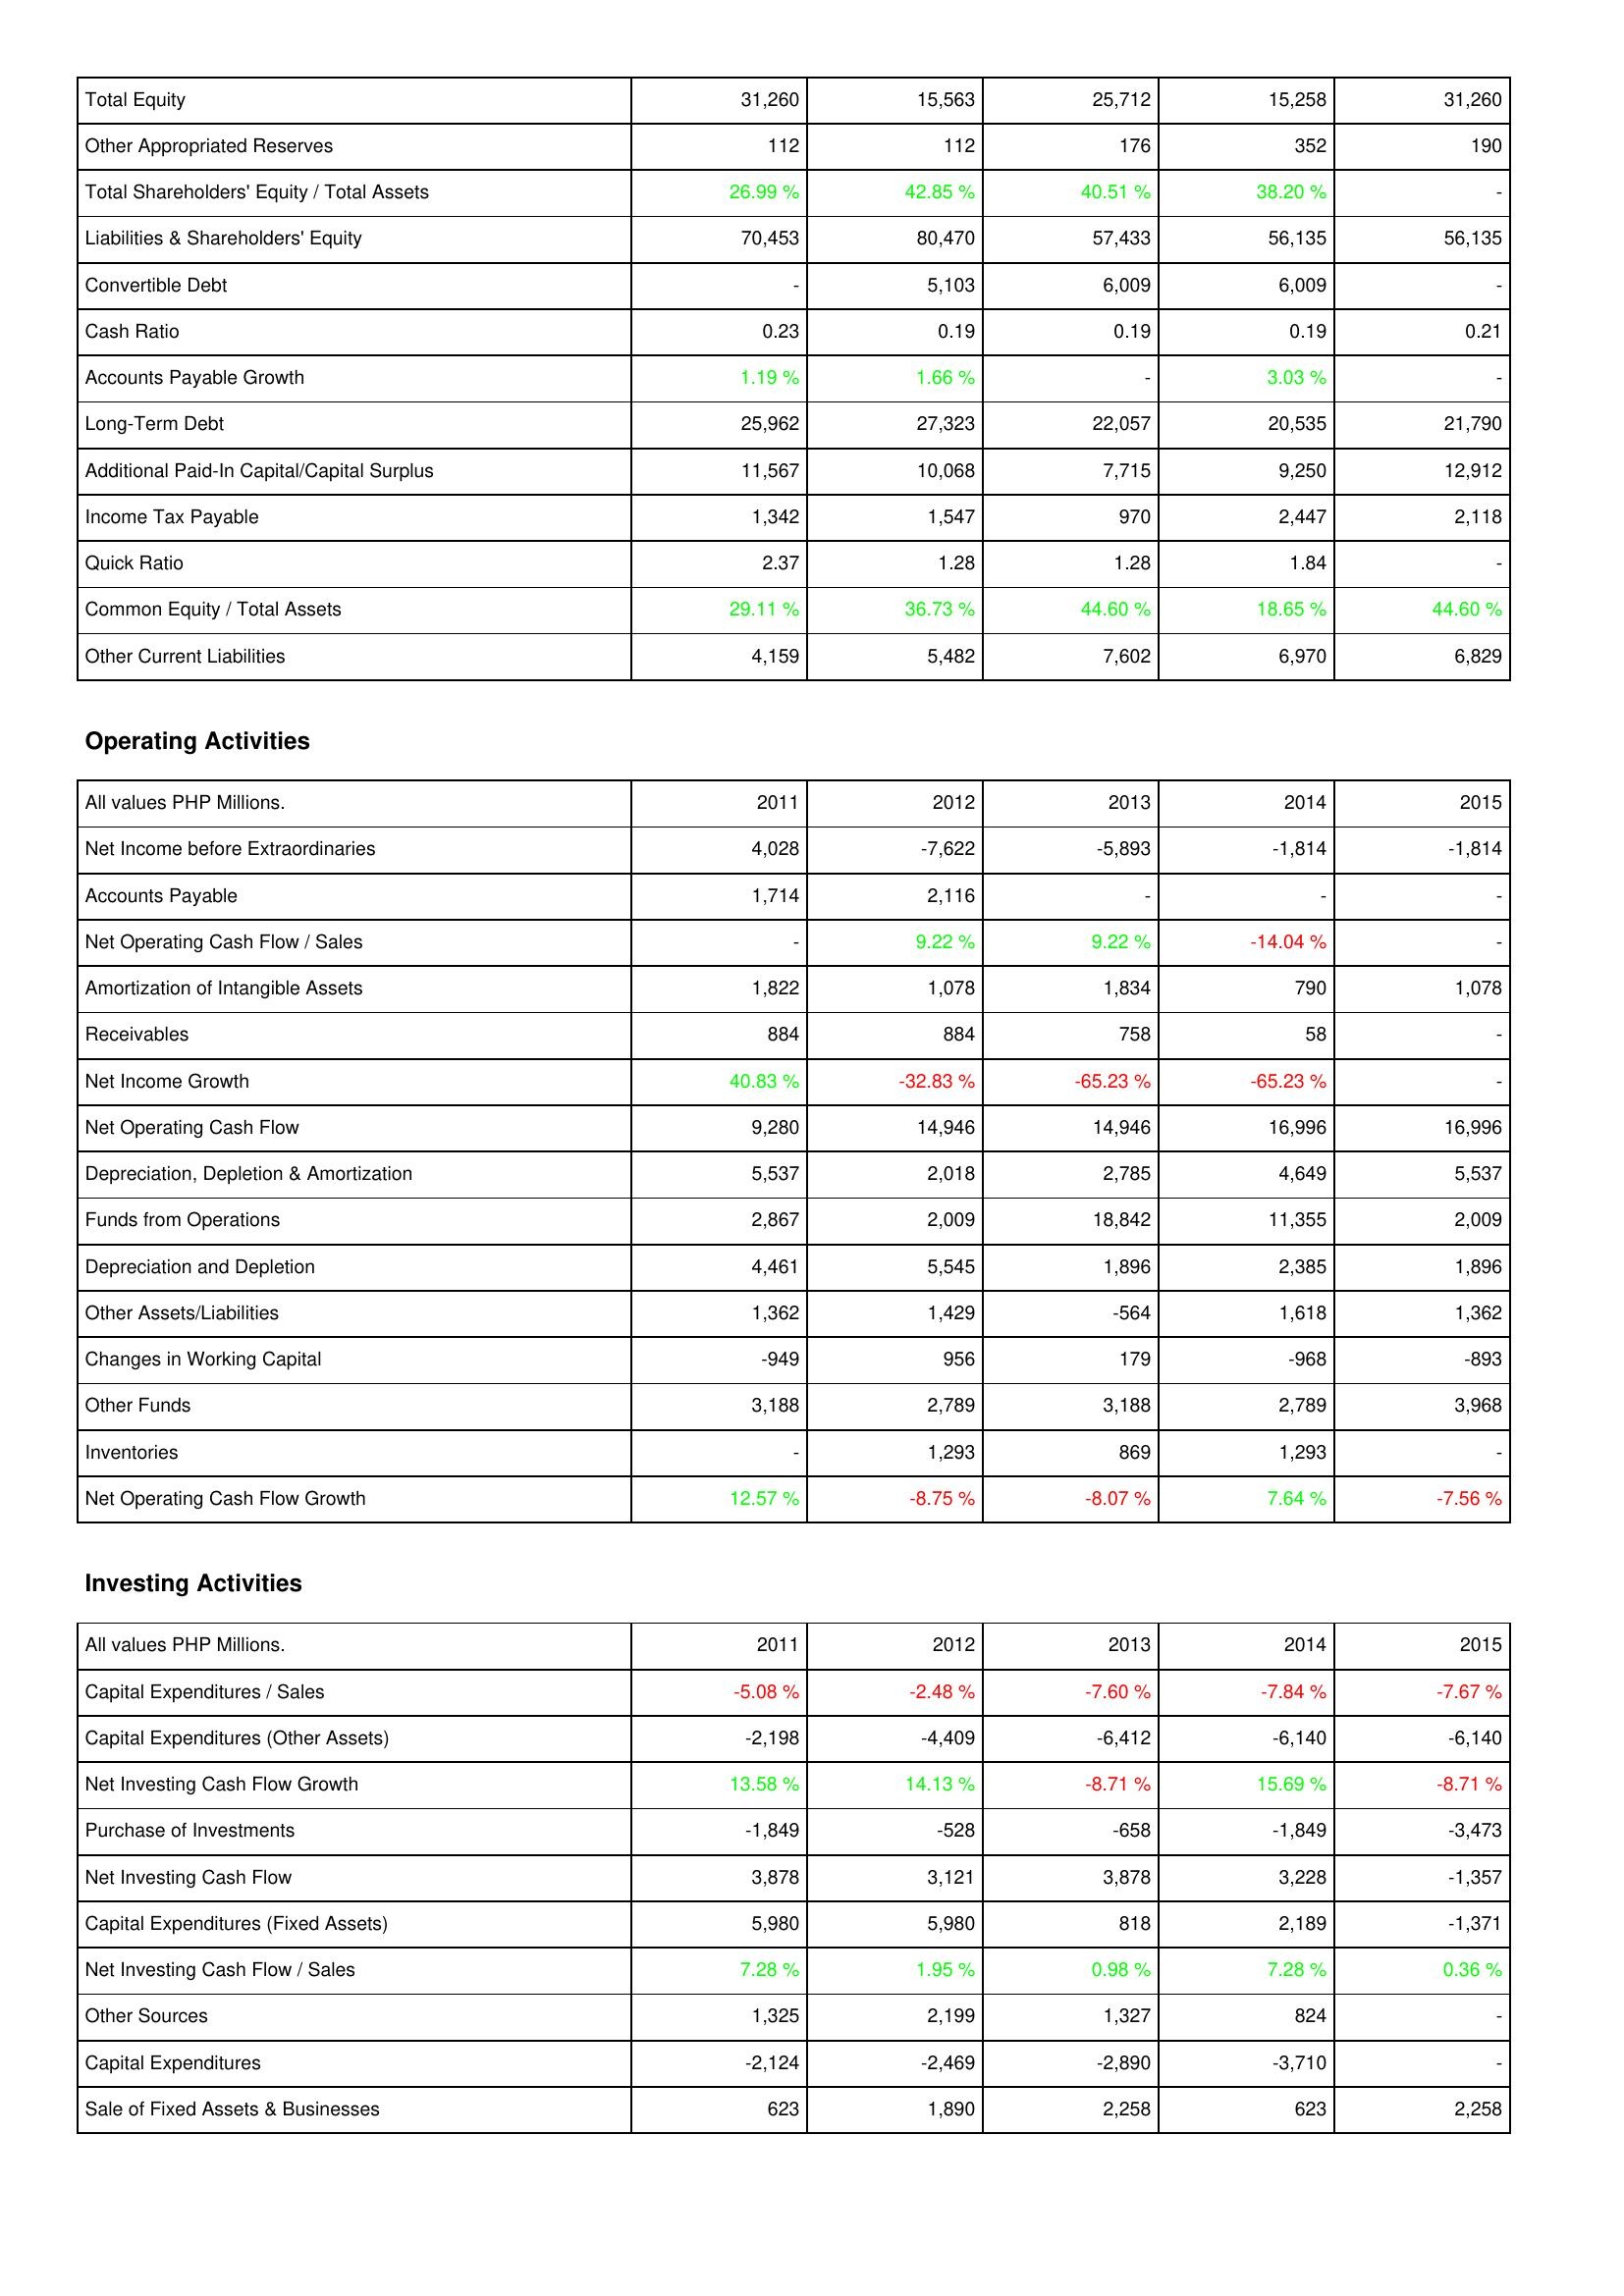
2011: Liabilities & Shareholders' Equity: Total Equity: 31,260
Other Appropriated Reserves: 112
Total Shareholders' Equity / Total Assets: 26.99 %
Liabilities & Shareholders' Equity: 70,453
Convertible Debt: -
Cash Ratio: 0.23
Accounts Payable Growth: 1.19 %
Long-Term Debt: 25,962
Additional Paid-In Capital/Capital Surplus: 11,567
Income Tax Payable: 1,342
Quick Ratio: 2.37
Common Equity / Total Assets: 29.11 %
Other Current Liabilities: 4,159
Operating Activities: Net Income before Extraordinaries: 4,028
Accounts Payable: 1,714
Net Operating Cash Flow / Sales: -
Amortization of Intangible Assets: 1,822
Receivables: 884
Net Income Growth: 40.83 %
Net Operating Cash Flow: 9,280
Depreciation, Depletion & Amortization: 5,537
Funds from Operations: 2,867
Depreciation and Depletion: 4,461
Other Assets/Liabilities: 1,362
Changes in Working Capital: -949
Other Funds: 3,188
Inventories: -
Net Operating Cash Flow Growth: 12.57 %
Investing Activities: Capital Expenditures / Sales: -5.08 %
Capital Expenditures (Other Assets): -2,198
Net Investing Cash Flow Growth: 13.58 %
Purchase of Investments: -1,849
Net Investing Cash Flow: 3,878
Capital Expenditures (Fixed Assets): 5,980
Net Investing Cash Flow / Sales: 7.28 %
Other Sources: 1,325
Capital Expenditures: -2,124
Sale of Fixed Assets & Businesses: 623
2012: Liabilities & Shareholders' Equity: Total Equity: 15,563
Other Appropriated Reserves: 112
Total Shareholders' Equity / Total Assets: 42.85 %
Liabilities & Shareholders' Equity: 80,470
Convertible Debt: 5,103
Cash Ratio: 0.19
Accounts Payable Growth: 1.66 %
Long-Term Debt: 27,323
Additional Paid-In Capital/Capital Surplus: 10,068
Income Tax Payable: 1,547
Quick Ratio: 1.28
Common Equity / Total Assets: 36.73 %
Other Current Liabilities: 5,482
Operating Activities: Net Income before Extraordinaries: -7,622
Accounts Payable: 2,116
Net Operating Cash Flow / Sales: 9.22 %
Amortization of Intangible Assets: 1,078
Receivables: 884
Net Income Growth: -32.83 %
Net Operating Cash Flow: 14,946
Depreciation, Depletion & Amortization: 2,018
Funds from Operations: 2,009
Depreciation and Depletion: 5,545
Other Assets/Liabilities: 1,429
Changes in Working Capital: 956
Other Funds: 2,789
Inventories: 1,293
Net Operating Cash Flow Growth: -8.75 %
Investing Activities: Capital Expenditures / Sales: -2.48 %
Capital Expenditures (Other Assets): -4,409
Net Investing Cash Flow Growth: 14.13 %
Purchase of Investments: -528
Net Investing Cash Flow: 3,121
Capital Expenditures (Fixed Assets): 5,980
Net Investing Cash Flow / Sales: 1.95 %
Other Sources: 2,199
Capital Expenditures: -2,469
Sale of Fixed Assets & Businesses: 1,890
2013: Liabilities & Shareholders' Equity: Total Equity: 25,712
Other Appropriated Reserves: 176
Total Shareholders' Equity / Total Assets: 40.51 %
Liabilities & Shareholders' Equity: 57,433
Convertible Debt: 6,009
Cash Ratio: 0.19
Accounts Payable Growth: -
Long-Term Debt: 22,057
Additional Paid-In Capital/Capital Surplus: 7,715
Income Tax Payable: 970
Quick Ratio: 1.28
Common Equity / Total Assets: 44.60 %
Other Current Liabilities: 7,602
Operating Activities: Net Income before Extraordinaries: -5,893
Accounts Payable: -
Net Operating Cash Flow / Sales: 9.22 %
Amortization of Intangible Assets: 1,834
Receivables: 758
Net Income Growth: -65.23 %
Net Operating Cash Flow: 14,946
Depreciation, Depletion & Amortization: 2,785
Funds from Operations: 18,842
Depreciation and Depletion: 1,896
Other Assets/Liabilities: -564
Changes in Working Capital: 179
Other Funds: 3,188
Inventories: 869
Net Operating Cash Flow Growth: -8.07 %
Investing Activities: Capital Expenditures / Sales: -7.60 %
Capital Expenditures (Other Assets): -6,412
Net Investing Cash Flow Growth: -8.71 %
Purchase of Investments: -658
Net Investing Cash Flow: 3,878
Capital Expenditures (Fixed Assets): 818
Net Investing Cash Flow / Sales: 0.98 %
Other Sources: 1,327
Capital Expenditures: -2,890
Sale of Fixed Assets & Businesses: 2,258
2014: Liabilities & Shareholders' Equity: Total Equity: 15,258
Other Appropriated Reserves: 352
Total Shareholders' Equity / Total Assets: 38.20 %
Liabilities & Shareholders' Equity: 56,135
Convertible Debt: 6,009
Cash Ratio: 0.19
Accounts Payable Growth: 3.03 %
Long-Term Debt: 20,535
Additional Paid-In Capital/Capital Surplus: 9,250
Income Tax Payable: 2,447
Quick Ratio: 1.84
Common Equity / Total Assets: 18.65 %
Other Current Liabilities: 6,970
Operating Activities: Net Income before Extraordinaries: -1,814
Accounts Payable: -
Net Operating Cash Flow / Sales: -14.04 %
Amortization of Intangible Assets: 790
Receivables: 58
Net Income Growth: -65.23 %
Net Operating Cash Flow: 16,996
Depreciation, Depletion & Amortization: 4,649
Funds from Operations: 11,355
Depreciation and Depletion: 2,385
Other Assets/Liabilities: 1,618
Changes in Working Capital: -968
Other Funds: 2,789
Inventories: 1,293
Net Operating Cash Flow Growth: 7.64 %
Investing Activities: Capital Expenditures / Sales: -7.84 %
Capital Expenditures (Other Assets): -6,140
Net Investing Cash Flow Growth: 15.69 %
Purchase of Investments: -1,849
Net Investing Cash Flow: 3,228
Capital Expenditures (Fixed Assets): 2,189
Net Investing Cash Flow / Sales: 7.28 %
Other Sources: 824
Capital Expenditures: -3,710
Sale of Fixed Assets & Businesses: 623
2015: Liabilities & Shareholders' Equity: Total Equity: 31,260
Other Appropriated Reserves: 190
Total Shareholders' Equity / Total Assets: -
Liabilities & Shareholders' Equity: 56,135
Convertible Debt: -
Cash Ratio: 0.21
Accounts Payable Growth: -
Long-Term Debt: 21,790
Additional Paid-In Capital/Capital Surplus: 12,912
Income Tax Payable: 2,118
Quick Ratio: -
Common Equity / Total Assets: 44.60 %
Other Current Liabilities: 6,829
Operating Activities: Net Income before Extraordinaries: -1,814
Accounts Payable: -
Net Operating Cash Flow / Sales: -
Amortization of Intangible Assets: 1,078
Receivables: -
Net Income Growth: -
Net Operating Cash Flow: 16,996
Depreciation, Depletion & Amortization: 5,537
Funds from Operations: 2,009
Depreciation and Depletion: 1,896
Other Assets/Liabilities: 1,362
Changes in Working Capital: -893
Other Funds: 3,968
Inventories: -
Net Operating Cash Flow Growth: -7.56 %
Investing Activities: Capital Expenditures / Sales: -7.67 %
Capital Expenditures (Other Assets): -6,140
Net Investing Cash Flow Growth: -8.71 %
Purchase of Investments: -3,473
Net Investing Cash Flow: -1,357
Capital Expenditures (Fixed Assets): -1,371
Net Investing Cash Flow / Sales: 0.36 %
Other Sources: -
Capital Expenditures: -
Sale of Fixed Assets & Businesses: 2,258